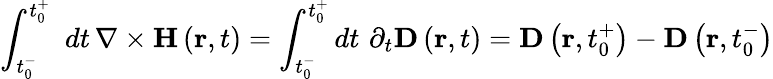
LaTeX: \int_{t_{0}^{-}}^{t_{0}^{+}}\, \, dt\, \nabla\times\mathbf{H}\left(\mathbf{r},t\right)=\int_{t_{0}^{-}}^{t_{0}^{+}}dt\, \, \partial_{t}\mathbf{D}\left(\mathbf{r},t\right)=\mathbf{D}\left(\mathbf{r},t_{0}^{+}\right)-\mathbf{D}\left(\mathbf{r},t_{0}^{-}\right)